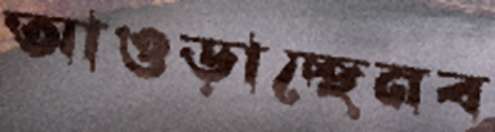
আওড়াচ্ছেনব